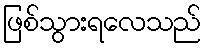
ဖြစ်သွားရလေသည်